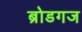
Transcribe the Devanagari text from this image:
ब्रोडगज